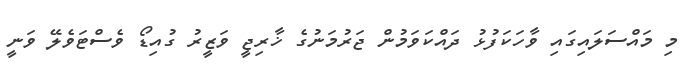
މި މައްސަލައިގައި ވާހަކަފުޅު ދައްކަވަމުން ޖަރުމަނުގެ ޚާރިޖީ ވަޒީރު ގުއިޑޯ ވެސްޓަވެލޭ ވަނީ